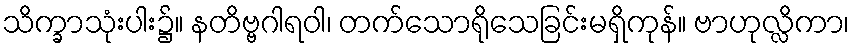
သိက္ခာသုံးပါး၌။ နတိဗ္ဗဂါရဝါ၊ တက်သောရိုသေခြင်းမရှိကုန်။ ဗာဟုလ္လိကာ၊